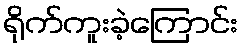
ရိုက်ကူးခဲ့ကြောင်း